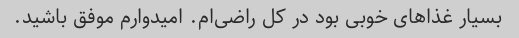
بسیار غذاهای خوبی بود در کل راضی‌ام. امیدوارم موفق باشید.